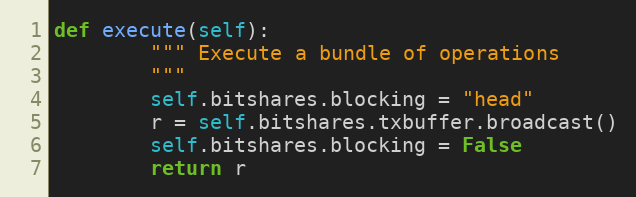
Language: Python
def execute(self):
        """ Execute a bundle of operations
        """
        self.bitshares.blocking = "head"
        r = self.bitshares.txbuffer.broadcast()
        self.bitshares.blocking = False
        return r